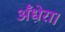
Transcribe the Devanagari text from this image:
अँधेरा।